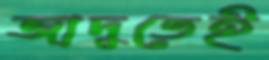
জাদুতেই